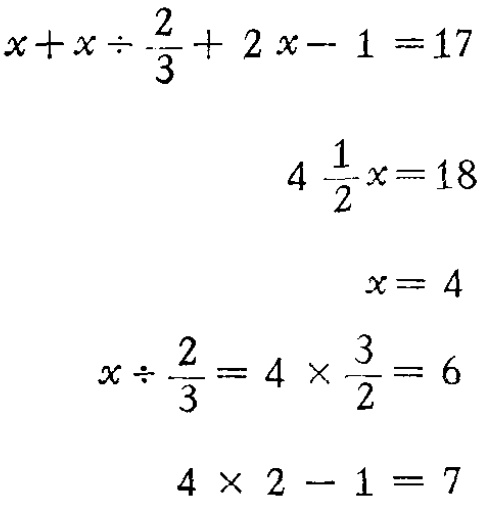
\[

\begin{align*}

x + x\div\frac{2}{3}+2x - 1&=17\\

4\frac{1}{2}x&=18\\

x&=4\\

x\div\frac{2}{3}&=4\times\frac{3}{2}=6\\

4\times 2 - 1&=7

\end{align*}

\]